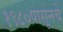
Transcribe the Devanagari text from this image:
१९८०पासूनचे